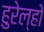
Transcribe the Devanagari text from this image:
हुरेल्हो